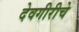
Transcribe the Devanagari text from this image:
देवगीरीचे